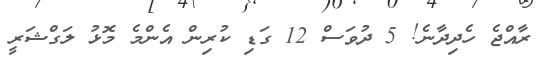
ރާއްޖެ ހެދިދާނެ! 5 ދުވަސް 12 ގަޑި ކުރިން އެންމެ މޮޅު ލަގްޝަރީ